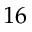
1 6